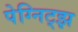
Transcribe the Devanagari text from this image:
पेग्निट्झ